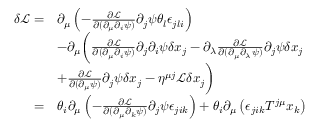
\begin{array} { r l } { \delta \mathcal { L } = } & { \partial _ { \mu } \left( - \frac { \partial \mathcal { L } } { \partial ( \partial _ { \mu } \partial _ { i } \psi ) } \partial _ { j } \psi \theta _ { l } \epsilon _ { j l i } \right) } \\ & { - \partial _ { \mu } \bigg ( \frac { \partial \mathcal { L } } { \partial ( \partial _ { \mu } \partial _ { i } \psi ) } \partial _ { j } \partial _ { i } \psi \delta x _ { j } - \partial _ { \lambda } \frac { \partial \mathcal { L } } { \partial ( \partial _ { \mu } \partial _ { \lambda } \psi ) } \partial _ { j } \psi \delta x _ { j } } \\ & { + \frac { \partial \mathcal L } { \partial ( \partial _ { \mu } \psi ) } \partial _ { j } \psi \delta x _ { j } - \eta ^ { \mu j } \mathcal { L } \delta x _ { j } \bigg ) } \\ { = } & { \theta _ { i } \partial _ { \mu } \left( - \frac { \partial \mathcal { L } } { \partial ( \partial _ { \mu } \partial _ { k } \psi ) } \partial _ { j } \psi \epsilon _ { j i k } \right) + \theta _ { i } \partial _ { \mu } \left( \epsilon _ { j i k } T ^ { j \mu } x _ { k } \right) } \end{array}